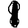
Digit: 1